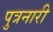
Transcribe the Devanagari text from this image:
पुत्रनारी